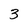
Character: 3